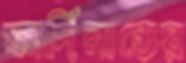
ফার্দিনান্ডের